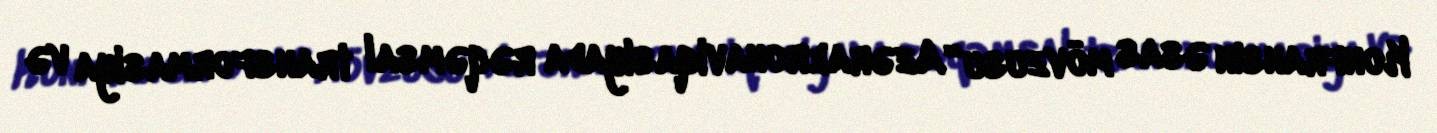
Konfransın əsas mövzusu “Azəraeronaviqasiyada rəqəmsal transformasiya və